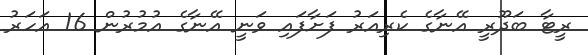
ރީޓާ ބަދޫރީ އޭނާގެ ކެރިއަރު ފަށާފައި ވަނީ އޭނާގެ އުމުރުން 16 އަހަރު